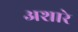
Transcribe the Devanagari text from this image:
अशारे